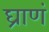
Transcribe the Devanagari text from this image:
घ्राणं